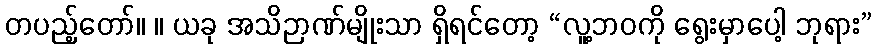
တပည့်တော်။ ။ ယခု အသိဉာဏ်မျိုးသာ ရှိရင်တော့ “လူ့ဘဝကို ရွေးမှာပေါ့ ဘုရား”